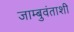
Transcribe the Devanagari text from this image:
जाम्बुवंताशी